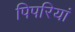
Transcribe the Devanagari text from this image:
पिपरियां